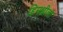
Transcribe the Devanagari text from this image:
हिमशीला